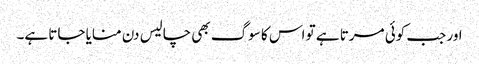
اور جب کوئی مرتا ہے تو اس کا سوگ بھی چالیس دن منایا جاتا ہے۔